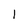
Character: 1